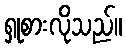
ရှုစားလိုသည်။